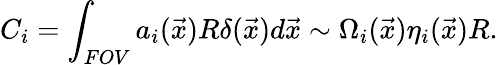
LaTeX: C_{i}=\int_{FOV}a_{i}(\vec{x})R\delta(\vec{x})d\vec{x}\sim\Omega_{i}(\vec{x})\eta_{i}(\vec{x})R.